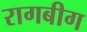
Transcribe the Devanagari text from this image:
रागबीग